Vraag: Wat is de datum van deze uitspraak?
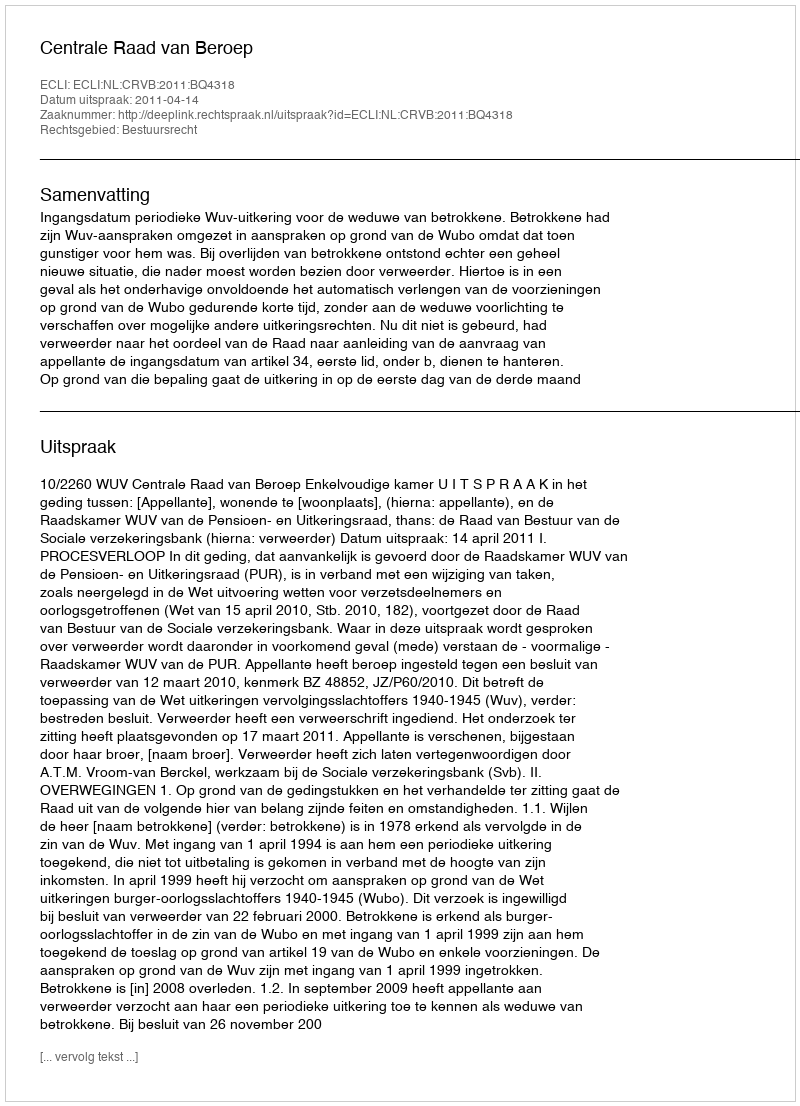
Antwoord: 2011-04-14